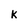
Character: k